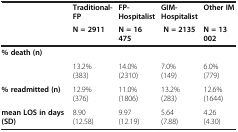
<table><thead><tr><td rowspan="2"><b> </b></td><td><b>Traditional-FP</b></td><td><b>FP-Hospitalist</b></td><td><b>GIM-Hospitalist</b></td><td><b>Other IM</b></td></tr><tr><td><b>N = 2911</b></td><td><b>N = 16 475</b></td><td><b>N = 2135</b></td><td><b>N = 13 002</b></td></tr></thead><tbody><tr><td><b>% death (n)</b></td><td> </td><td> </td><td> </td><td> </td></tr><tr><td> </td><td>13.2% (383)</td><td>14.0% (2310)</td><td>7.0% (149)</td><td>6.0% (779)</td></tr><tr><td><b>% readmitted (n)</b></td><td>12.9% (376)</td><td>11.0% (1806)</td><td>13.2% (283)</td><td>12.6% (1644)</td></tr><tr><td><b>mean LOS in days (SD)</b></td><td>8.90 (12.58)</td><td>9.97 (12.19)</td><td>5.64 (7.88)</td><td>4.26 (4.30)</td></tr></tbody></table>